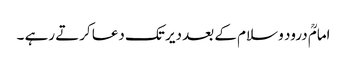
امامؒ درود و سلام کے بعد دیر تک دعا کرتے رہے ۔